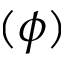
( \phi )